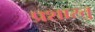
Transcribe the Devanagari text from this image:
प्रशास्तु